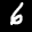
Label: 6